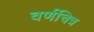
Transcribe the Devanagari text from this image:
वर्णचित्र